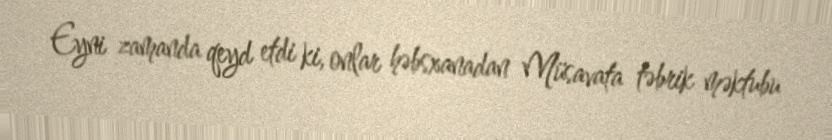
Eyni zamanda qeyd etdi ki, onlar həbsxanadan Müsavata təbrik məktubu